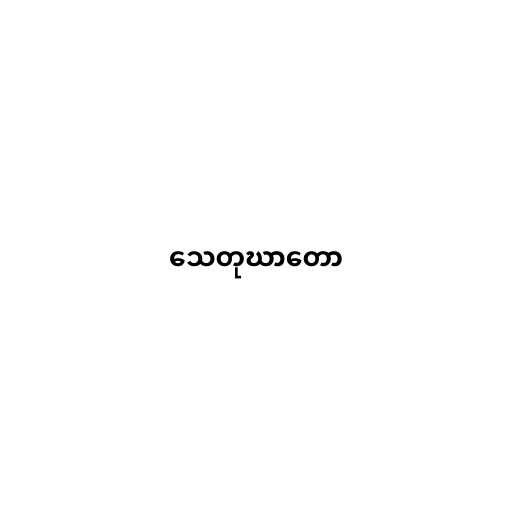
သေတုဃာတော